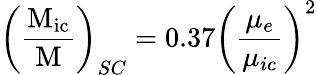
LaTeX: \operatorname{\left({\frac{\operatorname{M}_{ic}}{M}}\right)}_{SC}=0.37\left({\frac{\operatorname{\mu}_{e}}{\operatorname{\mu}_{ic}}}\right)^{2}